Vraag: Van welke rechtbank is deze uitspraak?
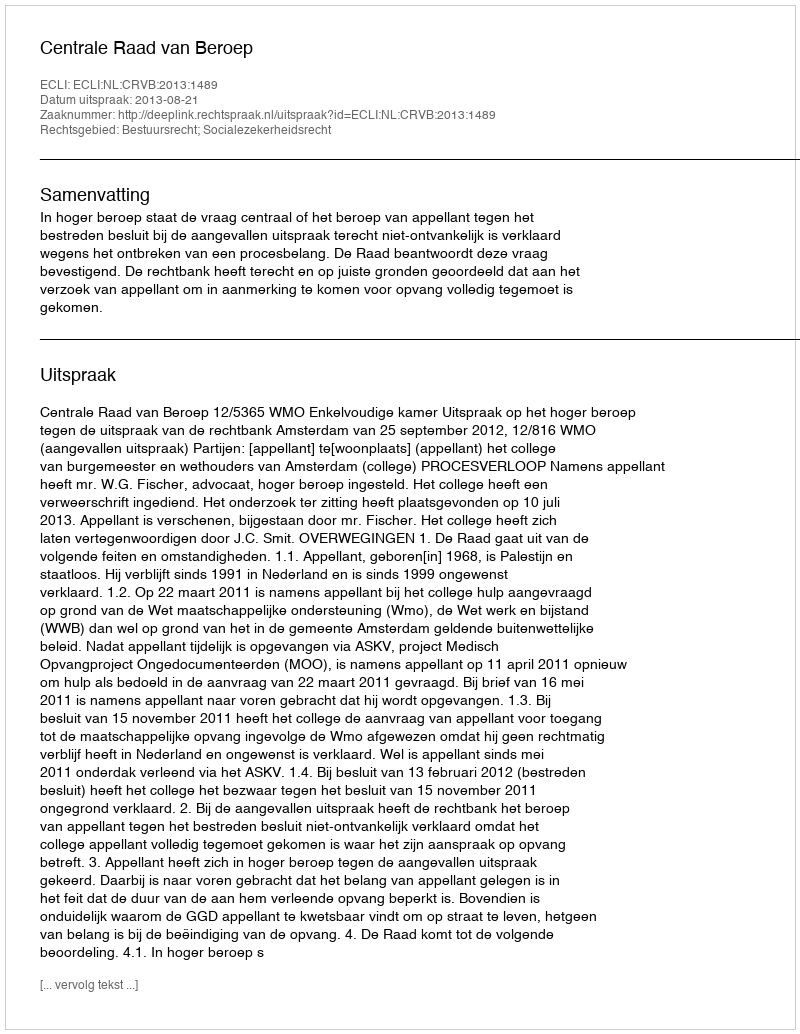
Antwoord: Centrale Raad van Beroep